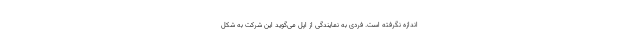
اندازه نگرفته است. فردی به نمایندگی از اپل می‌گوید این شرکت به ‌شکل